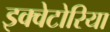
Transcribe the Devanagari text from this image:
इक्वेटोरिया